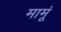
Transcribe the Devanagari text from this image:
मामूं